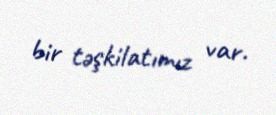
bir təşkilatımız var.